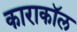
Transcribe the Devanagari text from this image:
काराकॉल